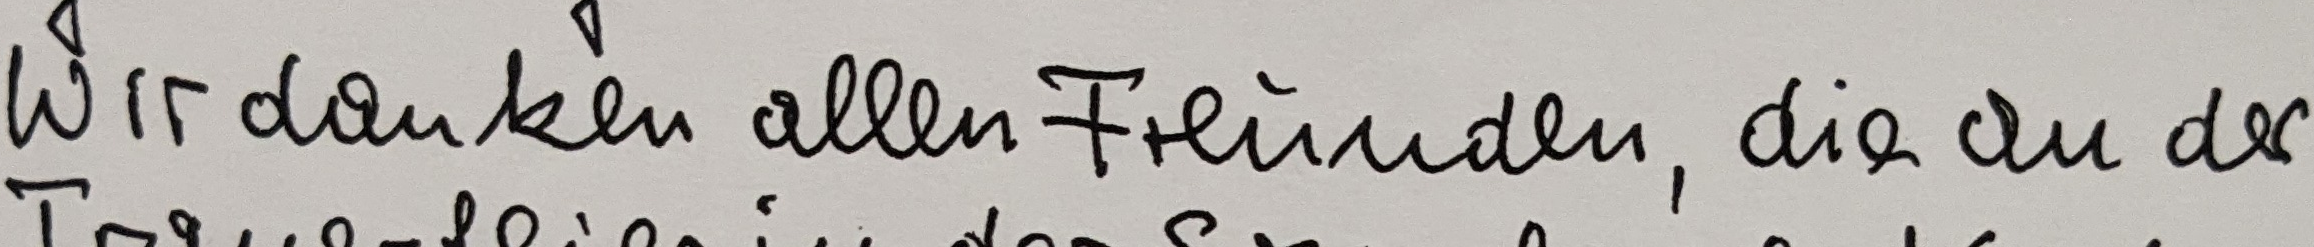
Wir danken allen Freunden, die an der